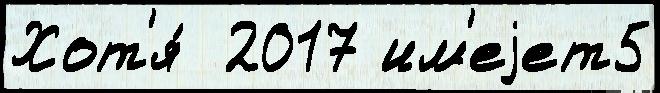
Хот'я́  2017 им'еjет5